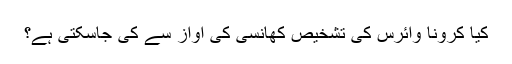
کیا کرونا وائرس کی تشخیص کھانسی کی آواز سے کی جاسکتی ہے؟